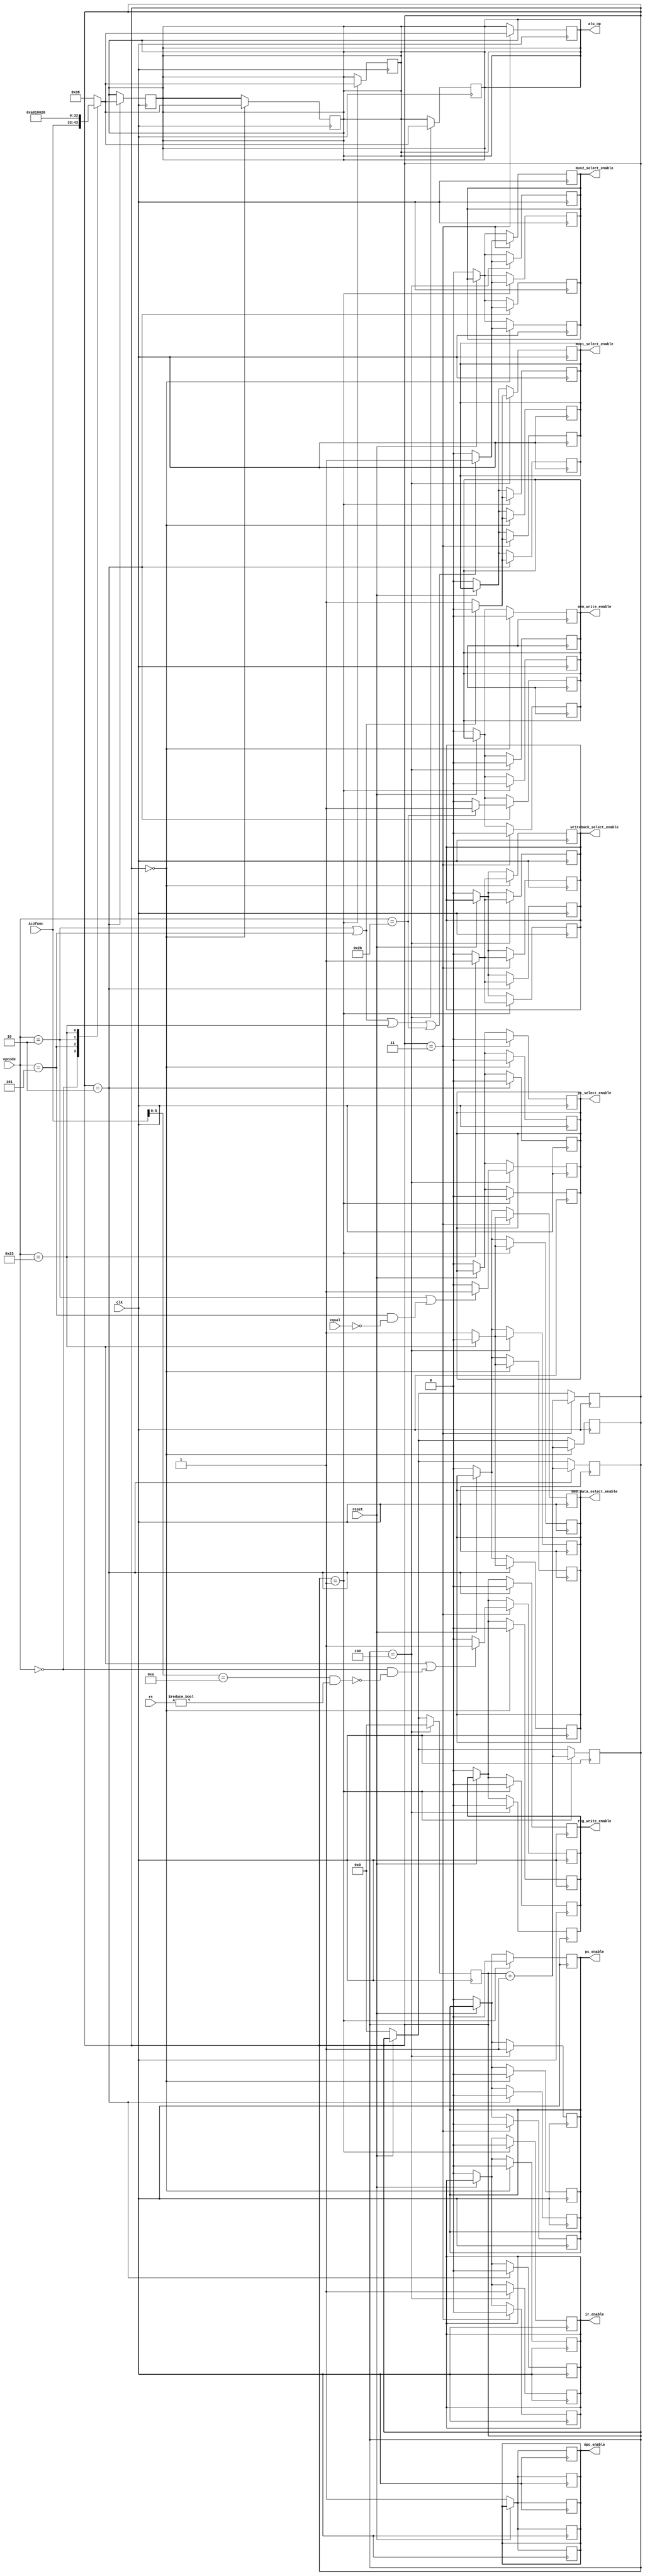
module CU(
    input [ 5:0] opcode,	
    input [10:0] ALUfunc,	
    input        clk,		
    input        reset,		//  
	 input        equal,		// R[rs] == R[rt]
	 input [31:0] rt,			// R[rt]
	 
	 output reg   pc_enable,					
	 output reg   pc_select_enable,			
	 output reg   npc_enable,					
	 output reg   ir_enable,					
	 output reg   reg_write_enable,			
	 output reg   writeback_select_enable,	
	 output reg   mux1_select_enable,		
	 output reg   mux2_select_enable,		
	 output reg   [10:0] alu_op,				
	 output reg   mem_write_enable,			
	 output reg   mem_data_select_enable
    );
	 

	parameter [5:0] ALU = 6'b000000;
	parameter [5:0] SW  = 6'b101011;
	parameter [5:0] LW  = 6'b100011;
	parameter [5:0] BNE = 6'b000101;
	parameter [5:0] JMP = 6'b000010;
	parameter [5:0] MOVZ= 6'b001010;

	
	reg [4:0] STATE;
	
	always@(negedge clk) begin
	if(reset == 0) begin
		pc_enable <= 0;	// ***
		pc_select_enable <= 0;
		npc_enable <= 1;
		ir_enable <= 0;
		reg_write_enable <= 0;
		writeback_select_enable <= 0;
		mux1_select_enable <= 0;
		mux2_select_enable <= 0;
		mem_write_enable <= 0;
		mem_data_select_enable <= 0;
		STATE <= 5'b00000;
	end
	if(STATE == 5'b00000) begin
	case(opcode)
		ALU : alu_op <= ALUfunc[10:0];
		BNE : alu_op <= 6'b101000;
		JMP : alu_op <= 6'b110000;
		LW : alu_op <= 6'b100000;
		default: alu_op <= 6'b111000;
	endcase
	pc_enable <= 1'b0;
	ir_enable <= 1'b0;
	mem_write_enable <= 1'b0;
	pc_select_enable <= 1'b0;
	reg_write_enable <= 1'b0;
	writeback_select_enable <= (opcode == LW)? 1'b1 : 1'b0;
	mux1_select_enable <= (opcode == JMP || opcode == BNE)? 1'b0 : 1'b1;
	mux2_select_enable <= (opcode == JMP || opcode == BNE || opcode == LW || opcode == SW)? 1'b1 : 1'b0;
	mem_data_select_enable <= (opcode == LW)? 1'b0 : 1'b1;
	STATE <= STATE + 1;
	end
	end
	
	always@(negedge clk) begin
	if(reset == 0) begin
		pc_enable <= 0;	// ***
		pc_select_enable <= 0;
		npc_enable <= 1;
		ir_enable <= 0;
		reg_write_enable <= 0;
		writeback_select_enable <= 0;
		mux1_select_enable <= 0;
		mux2_select_enable <= 0;
		mem_write_enable <= 0;
		mem_data_select_enable <= 0;
		STATE <= 5'b00000;
	end
	if(STATE == 5'b00001) begin
	case(opcode)
		ALU : alu_op <= ALUfunc[10:0];
		BNE : alu_op <= 6'b101000;
		JMP : alu_op <= 6'b110000;
		LW : alu_op <= 6'b100000;
		default: alu_op <= 6'b111000;
	endcase
	 pc_enable <= 1'b0;
	ir_enable <= 1'b0;
	mem_write_enable <= 1'b0;
	pc_select_enable <= 1'b0;
	reg_write_enable <= 1'b0;
	writeback_select_enable <= (opcode == LW)? 1'b1 : 1'b0;
	mux1_select_enable <= (opcode == JMP || opcode == BNE)? 1'b0 : 1'b1;
	mux2_select_enable <= (opcode == JMP || opcode == BNE || opcode == LW || opcode == SW)? 1'b1 : 1'b0;
	mem_data_select_enable <= (opcode == LW)? 1'b0 : 1'b1;
	STATE <= STATE + 1;
	end
	end
	
	always@(negedge clk) begin
	if(reset == 0) begin
		pc_enable <= 0;	// ***
		pc_select_enable <= 0;
		npc_enable <= 1;
		ir_enable <= 0;
		reg_write_enable <= 0;
		writeback_select_enable <= 0;
		mux1_select_enable <= 0;
		mux2_select_enable <= 0;
		mem_write_enable <= 0;
		mem_data_select_enable <= 0;
		STATE <= 5'b00000;
	end
	if(STATE == 5'b00010) begin
	case(opcode)
		ALU : alu_op <= ALUfunc[10:0];
		BNE : alu_op <= 6'b101000;
		JMP : alu_op <= 6'b110000;
		LW : alu_op <= 6'b100000;
		default: alu_op <= 6'b111000;
	endcase
	 pc_enable <= 1'b0;
	ir_enable <= 1'b0;
	mem_write_enable <= (opcode == SW)? 1'b1 : 1'b0;
	pc_select_enable <= 1'b0;
	reg_write_enable <= 1'b0;
	writeback_select_enable <= (opcode == LW)? 1'b1 : 1'b0;
	mux1_select_enable <= (opcode == JMP || opcode == BNE)? 1'b0 : 1'b1;
	mux2_select_enable <= (opcode == JMP || opcode == BNE || opcode == LW || opcode == SW)? 1'b1 : 1'b0;
	mem_data_select_enable <= (opcode == LW)? 1'b0 : 1'b1;
	STATE <= STATE + 1;
	end
    end
    
    always@(negedge clk) begin
    if(reset == 0) begin
		pc_enable <= 0;	// ***
		pc_select_enable <= 0;
		npc_enable <= 1;
		ir_enable <= 0;
		reg_write_enable <= 0;
		writeback_select_enable <= 0;
		mux1_select_enable <= 0;
		mux2_select_enable <= 0;
		mem_write_enable <= 0;
		mem_data_select_enable <= 0;
		STATE <= 5'b00000;
	end
	if(STATE == 5'b00011) begin
	case(opcode)
		ALU : alu_op <= ALUfunc[10:0];
		BNE : alu_op <= 6'b101000;
		JMP : alu_op <= 6'b110000;
		LW : alu_op <= 6'b100000;
		default: alu_op <= 6'b111000;
	endcase
	pc_enable <= 1'b0;
	ir_enable <= 1'b0;
	mem_write_enable <= 1'b0;
	pc_select_enable <= 1'b0;
	if (opcode == LW || (opcode == ALU && !(ALUfunc[5:0] == MOVZ && rt != 0))) begin
		reg_write_enable <= 1'b1;
	end 
	else begin
		reg_write_enable <= 1'b0;
	end
	writeback_select_enable <= (opcode == LW)? 1'b1 : 1'b0;
	mux1_select_enable <= (opcode == JMP || opcode == BNE)? 1'b0 : 1'b1;
	mux2_select_enable <= (opcode == JMP || opcode == BNE || opcode == LW || opcode == SW)? 1'b1 : 1'b0;
	mem_data_select_enable <= (opcode == LW)? 1'b0 : 1'b1;
	STATE <= STATE + 1;
    end
    end
    
    always@(negedge clk) begin
    if(reset == 0) begin
		pc_enable <= 0;	// ***
		pc_select_enable <= 0;
		npc_enable <= 1;
		ir_enable <= 0;
		reg_write_enable <= 0;
		writeback_select_enable <= 0;
		mux1_select_enable <= 0;
		mux2_select_enable <= 0;
		mem_write_enable <= 0;
		mem_data_select_enable <= 0;
		STATE <= 5'b00000;
	end
	if(STATE == 5'b00100) begin
	case(opcode)
		ALU : alu_op <= ALUfunc[10:0];
		BNE : alu_op <= 6'b101000;
		JMP : alu_op <= 6'b110000;
		LW : alu_op <= 6'b100000;
		default: alu_op <= 6'b111000;
	endcase
	pc_enable <= 1'b1;
    ir_enable <= 1'b1;
	mem_write_enable <= 1'b0;
	pc_select_enable <= (opcode == JMP || (opcode == BNE && equal == 0))? 1'b1 : 1'b0;
	reg_write_enable <= 1'b0;
	writeback_select_enable <= (opcode == LW)? 1'b1 : 1'b0;
	mux1_select_enable <= (opcode == JMP || opcode == BNE)? 1'b0 : 1'b1;
	mux2_select_enable <= (opcode == JMP || opcode == BNE || opcode == LW || opcode == SW)? 1'b1 : 1'b0;
	mem_data_select_enable <= (opcode == LW)? 1'b0 : 1'b1;
	STATE <= 5'b00000;
    end
    end
    endmodule